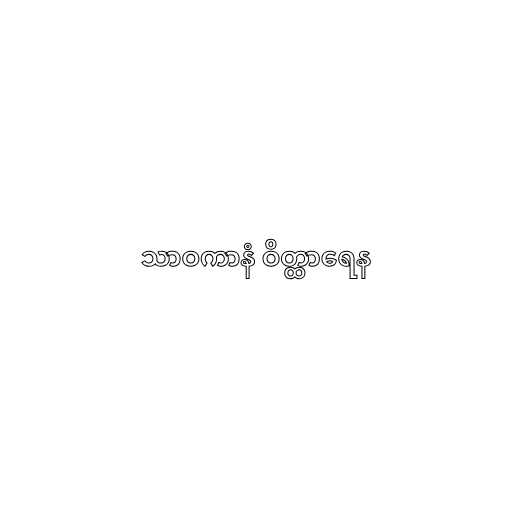
သာဝကာနံ ဝိတ္ထာရေန